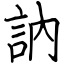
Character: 訥